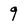
Character: 9